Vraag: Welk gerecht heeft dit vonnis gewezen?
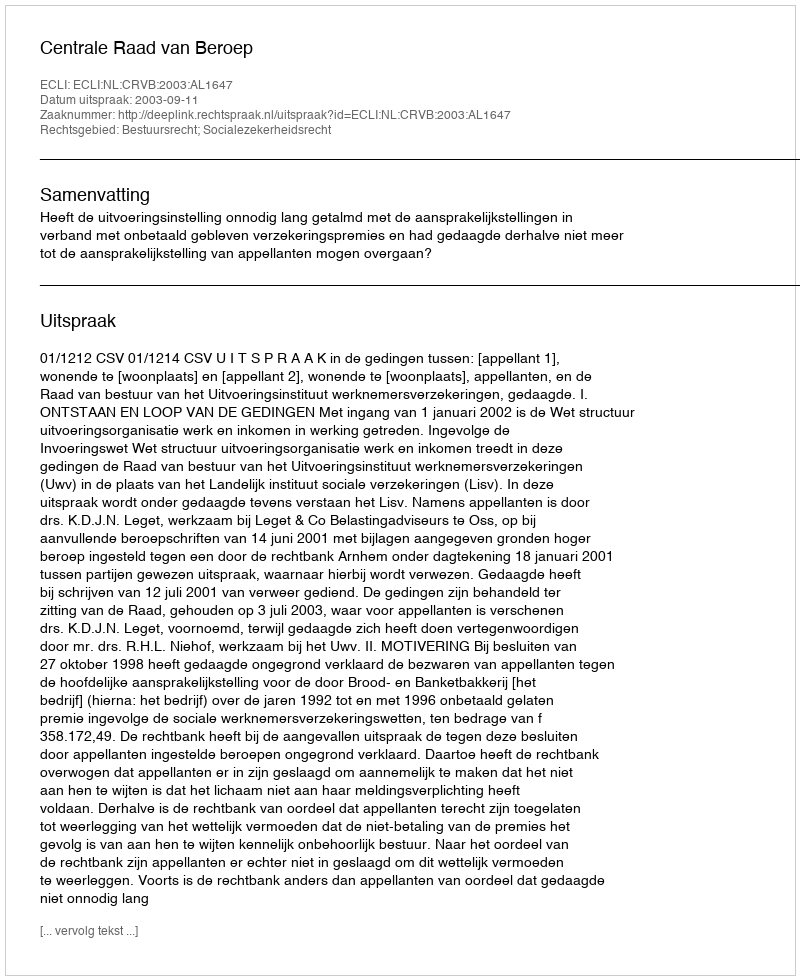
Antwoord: Centrale Raad van Beroep